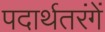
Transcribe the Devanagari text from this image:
पदार्थतरंगें